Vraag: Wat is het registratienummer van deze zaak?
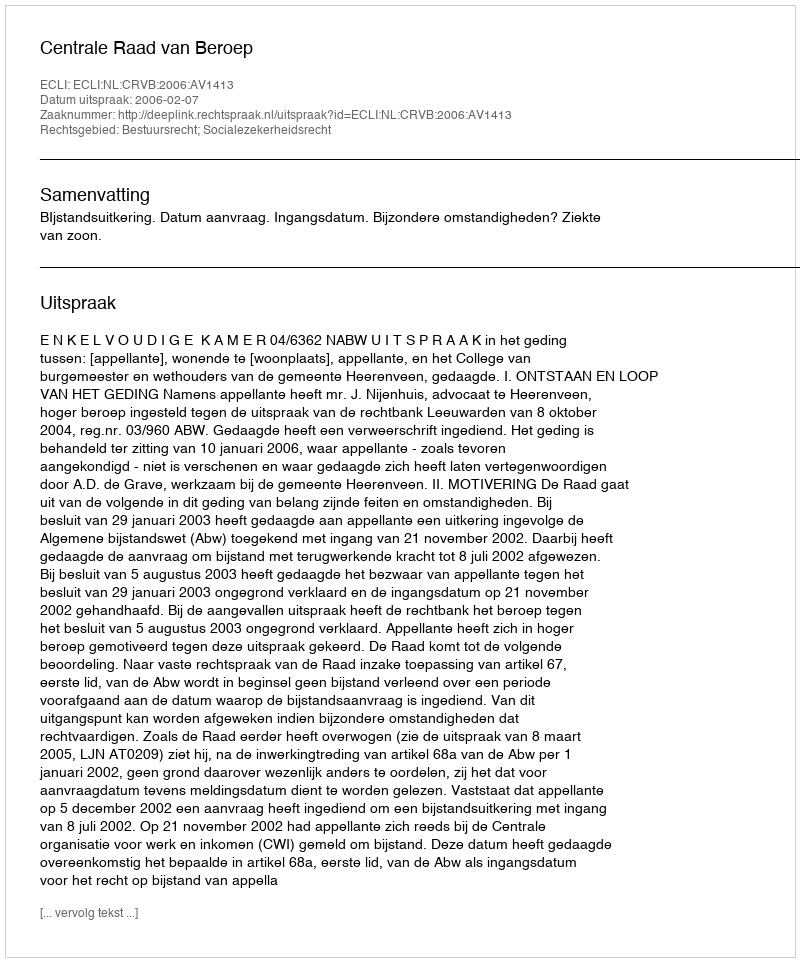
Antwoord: http://deeplink.rechtspraak.nl/uitspraak?id=ECLI:NL:CRVB:2006:AV1413